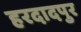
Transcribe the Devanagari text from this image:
हरदादपुर